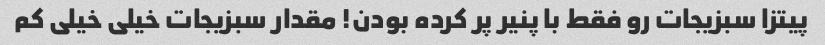
پیتزا سبزیجات رو فقط با پنیر پر کرده بودن! مقدار سبزیجات خیلی خیلی کم